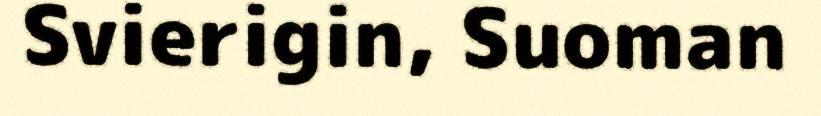
Svierigin, Suoman